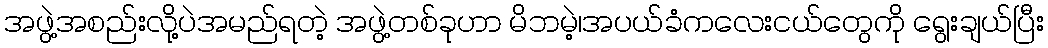
အဖွဲ့အစည်းလို့ပဲအမည်ရတဲ့ အဖွဲ့တစ်ခုဟာ မိဘမဲ့၊အပယ်ခံကလေးငယ်တွေကို ရွေးချယ်ပြီး